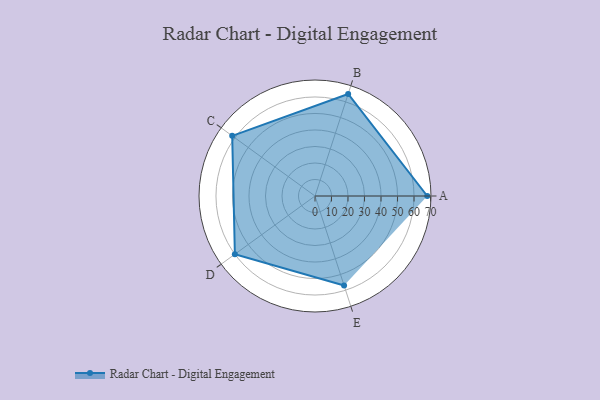
{"axis": {"x": "Skill", "y": "Score"}, "legend": ["Profile"], "data": [{"x": "A", "y": 68.0, "type": "Profile"}, {"x": "B", "y": 65.0, "type": "Profile"}, {"x": "C", "y": 62.0, "type": "Profile"}, {"x": "D", "y": 60.0, "type": "Profile"}, {"x": "E", "y": 57.0, "type": "Profile"}]}